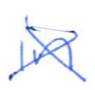
Text: in
Cross-out: mix
Writing tool: ballpoint